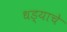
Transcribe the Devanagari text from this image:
धड्याचे